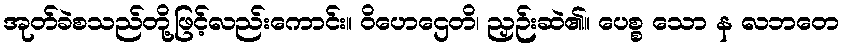
အုတ်ခဲစသည်တို့ဖြင့်လည်းကောင်း။ ဝိဟေဌေတိ၊ ညှဉ်းဆဲ၏။ ပေစ္စ သော န လဘတေ